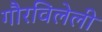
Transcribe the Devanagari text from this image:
गौरविलेली